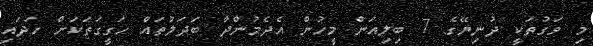
މި ވަގުތަކީ ދުނިޔޭގެ 7 ބިލިއަން މީހުން އެދެމުންދާ ބަދަލުތައް ހަގީގަތަކަށް ހަދައި